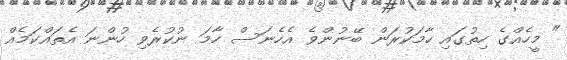
" މީހެއްގެ ހިތުގައި ހާމަކުރަން ބޭނުންވެ އެހެނަސް ހާމަ ނުކުރެވި ހުންނަ އެތައްކަމެއް